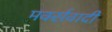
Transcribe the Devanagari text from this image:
मर्क्सवादी